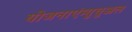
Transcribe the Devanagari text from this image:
योजनाएंम्युचुअल